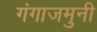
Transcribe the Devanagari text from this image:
गंगाजमुनी